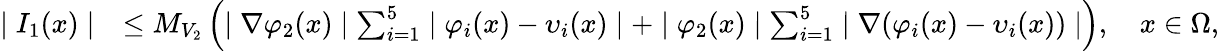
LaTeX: \begin{array}{rl}{\mid I_{1}(x)\mid}&{\leq M_{V_{2}}\left(\mid\nabla\varphi_{2}(x)\mid\sum_{i=1}^{5}\mid\varphi_{i}(x)-\upsilon_{i}(x)\mid+\mid\varphi_{2}(x)\mid\sum_{i=1}^{5}\mid\nabla(\varphi_{i}(x)-\upsilon_{i}(x))\mid\right),\quad x\in\Omega,}\end{array}